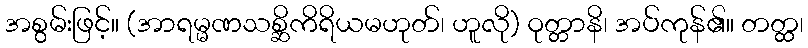
အစွမ်းဖြင့်။ (အာရမ္မဏသစ္ဆိကိရိယမဟုတ်၊ ဟူလို) ဝုတ္တာနိ၊ အပ်ကုန်၏။ တတ္ထ၊